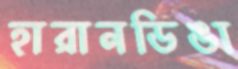
হারানডিঙা